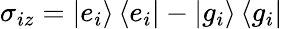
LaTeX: \sigma_{iz}=\left|e_{i}\right\rangle\left\langle e_{i}\right|-\left|g_{i}\right\rangle\left\langle g_{i}\right|